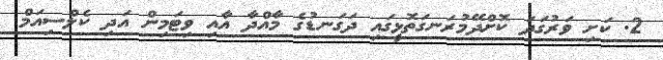
2. ކަށި ވަރުގަދަ ކޮށްދޭމުރަނގަތޮޅީގައި ދަގަނޑުގެ މާއްދާ އާއި ވިޓަމިން އަދި ކެލްސިއަމް